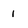
Character: 1